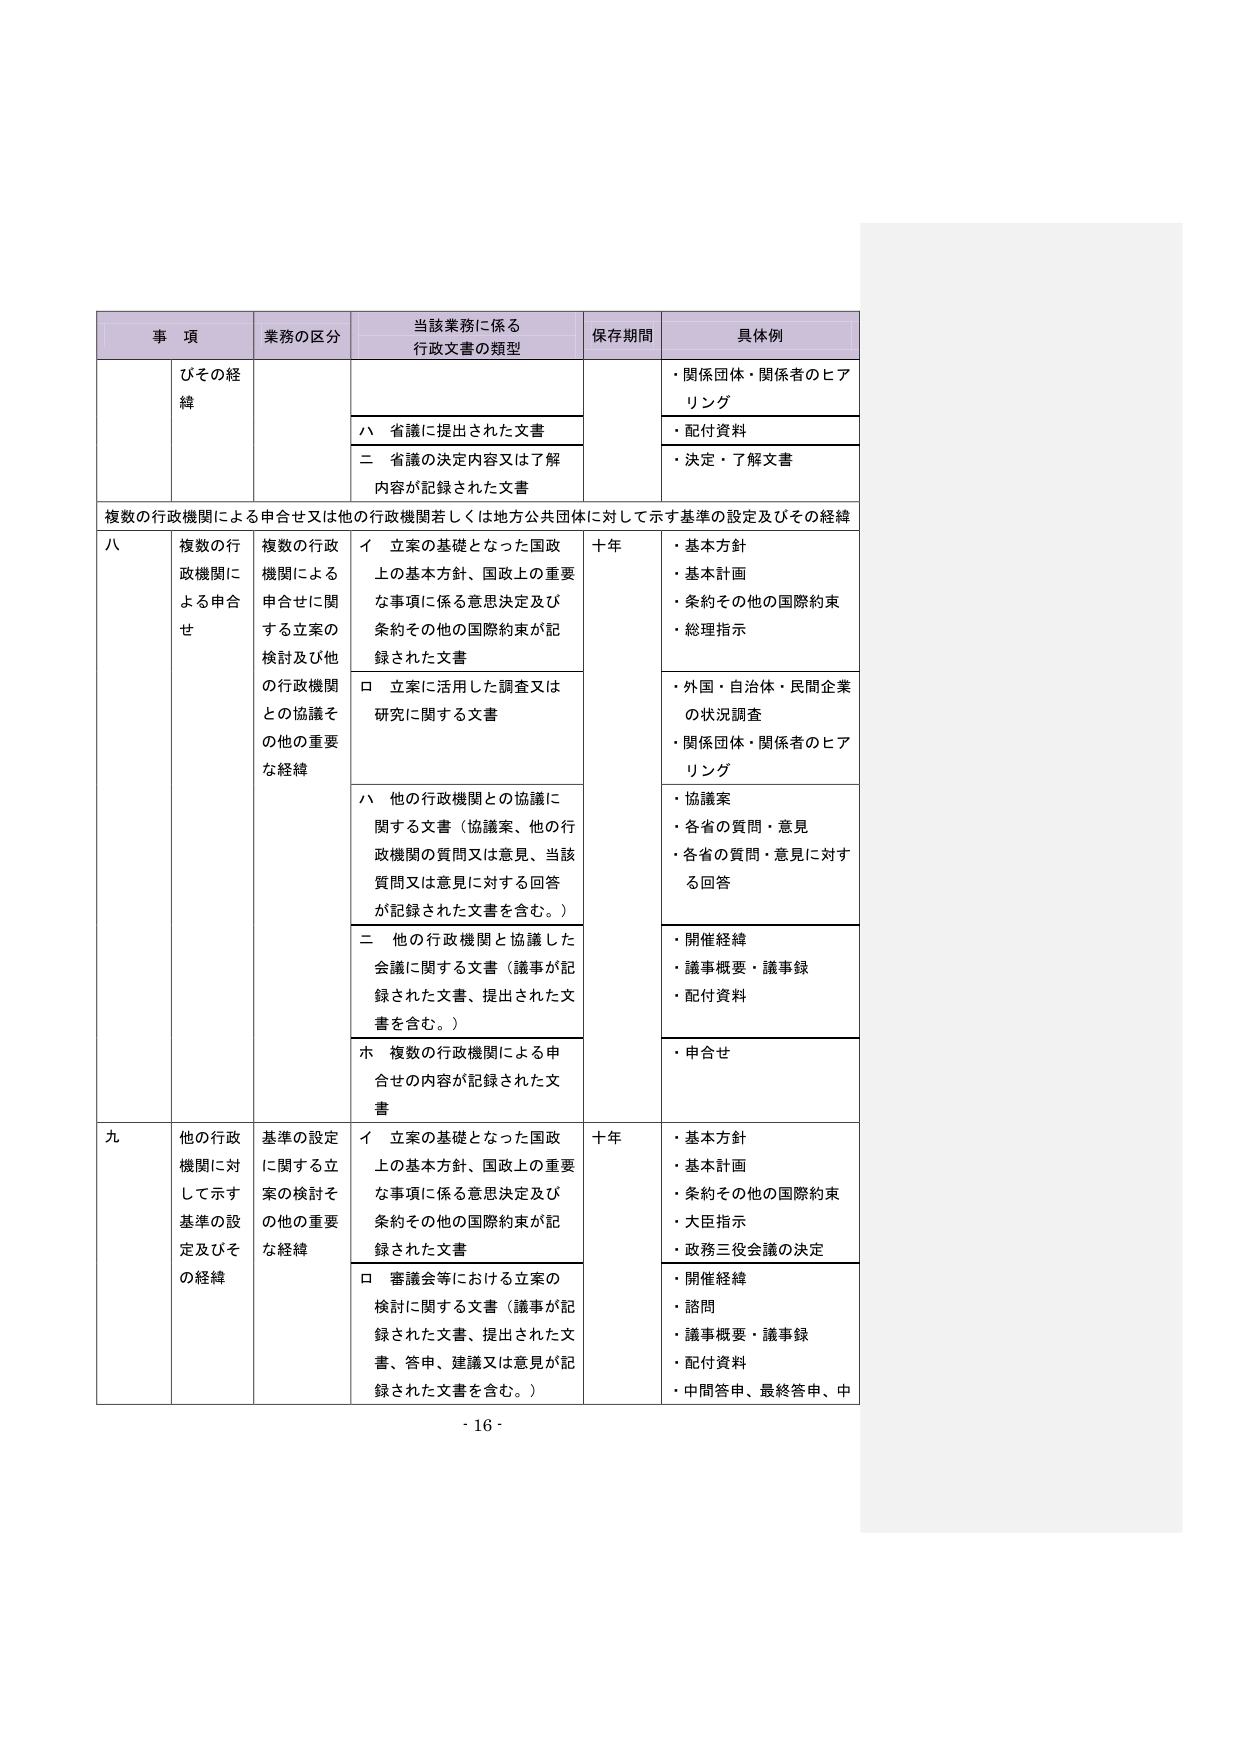
事 項 業務の区分 当該業務に係る 行政文書の類型 保存期間 具体例 ひその経 緯 ハ 省議に提出された文書 ・関係団体・関係者のヒア リング ・配付資料 二 省議の決定内容又は了解 内容が記録された文書 ・決定・了解文書 複数の行政機関による申合せ又は他の行政機関若しくは地方公共団体に対して示す基準の設定及びその経緯 八 複数の行 政機関に よる申合 せ 複数の行政 機関による 申合せに関 する立案の 検討及び他 の行政機関 との協議そ の他の重要 な経緯 イ 立案の基礎となった国政 上の基本方針、国政上の重要 な事項に係る意思決定及び 条約その他の国際約束が記 録された文書 十年 ・基本方針 ・基本計画 ・条約その他の国際約束 ・総理指示 ロ 立案に活用した調査又は 研究に関する文書 ・外国・自治体・民間企業 の状況調査 ・関係団体・関係者のヒア リング ハ 他の行政機関との協議に 関する文書（協議案、他の行 政機関の質問又は意見、当該 質問又は意見に対する回答 が記録された文書を含む。） ・協議案 ・各省の質問・意見 ・各省の質問・意見に対す る回答 二 他の行政機関と協議した 会議に関する文書（議事が記 録された文書、提出された文 書を含む。） ・開催経緯 ・議事概要・議事録 ・配付資料 ホ 複数の行政機関による申 合せの内容が記録された文 書 ・申合せ 九 他の行政 機関に対 して示す 基準の設 定及びそ の経緯 基準の設定 に関する立 案の検討そ の他の重要 な経緯 イ 立案の基礎となった国政 上の基本方針、国政上の重要 な事項に係る意思決定及び 条約その他の国際約束が記 録された文書 十年 ・基本方針 ・基本計画 ・条約その他の国際約束 ・大臣指示 ・政務三役会議の決定 ロ 審議会等における立案の 検討に関する文書（議事が記 録された文書、提出された文 書、答申、建議又は意見が記 録された文書を含む。） ・開催経緯 ・諮問 ・議事概要・議事録 ・配付資料 ・中間答申、最終答申、中 - 16 -